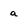
Character: a